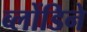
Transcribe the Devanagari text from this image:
ब्लोंडिने